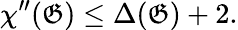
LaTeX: \chi^{\prime\prime}(\mathfrak{G})\leq\Delta(\mathfrak{G})+2.